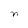
Character: n